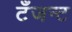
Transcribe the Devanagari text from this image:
टँजन्ट